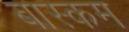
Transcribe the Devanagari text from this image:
बास्कम